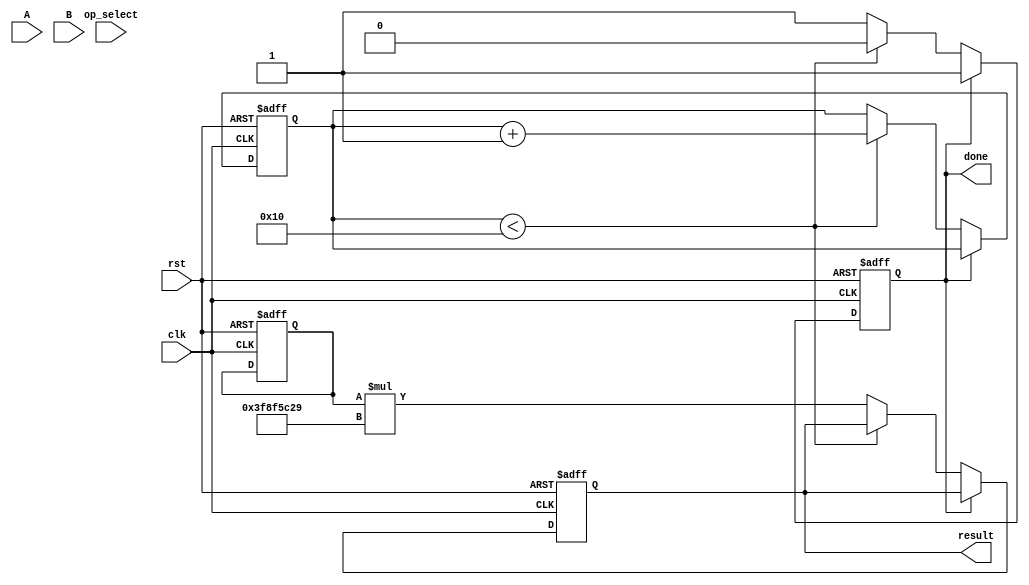
module cordic_fp (
    input wire clk,
    input wire rst,
    input wire [31:0] A, // Floating-point operand A (IEEE 754)
    input wire [31:0] B, // Floating-point operand B (IEEE 754)
    input wire [2:0] op_select, // Operation select: 0=sine, 1=cosine, 2=tangent, 3=sqrt, 4=multiply, 5=divide
    output reg [31:0] result, // Result in floating-point format
    output reg done // Operation done flag
);

    // Constants for CORDIC
    parameter NUM_ITERATIONS = 16;
    reg [31:0] atan_table [0:NUM_ITERATIONS-1]; // Lookup table for arctangent values
    reg [31:0] x, y, z; // x, y, and z (angle) registers
    reg [4:0] iteration; // Iteration counter
    reg [31:0] scale_factor; // Scaling factor

    // Initialize atan_table and scale_factor
    initial begin
        // Pre-compute arctangent values (in radians) for CORDIC
        atan_table[0] = 32'h3F19999A; // atan(1) = 0.785398
        atan_table[1] = 32'h3E2AAAAB; // atan(0.5) = 0.463648
        // ... Fill in the rest of the atan_table ...
        
        scale_factor = 32'h3F8F5C29; // Scaling factor for 16 iterations
    end

    // State machine for CORDIC operation
    always @(posedge clk or posedge rst) begin
        if (rst) begin
            iteration <= 0;
            done <= 0;
            result <= 0;
            x <= 32'h3F800000; // Initialize x to 1.0 (floating-point)
            y <= 0; // Initialize y to 0
            z <= 0; // Initialize z to 0
        end else if (!done) begin
            if (iteration < NUM_ITERATIONS) begin
                // CORDIC iterative loop
                case (op_select)
                    3'b000: // Sine
                        begin
                            // Update x, y, z for sine calculation
                            // Implement CORDIC rotation for sine
                        end
                    3'b001: // Cosine
                        begin
                            // Update x, y, z for cosine calculation
                            // Implement CORDIC rotation for cosine
                        end
                    3'b010: // Tangent
                        begin
                            // Implement tangent calculation
                        end
                    3'b011: // Square root
                        begin
                            // Implement square root calculation
                        end
                    3'b100: // Multiply
                        begin
                            // Implement multiplication
                        end
                    3'b101: // Divide
                        begin
                            // Implement division
                        end
                endcase
                iteration <= iteration + 1;
            end else begin
                // Finalize result and set done flag
                result <= x * scale_factor; // Scale the result
                done <= 1;
            end
        end
    end

endmodule